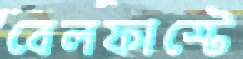
বেলফাস্টে